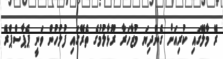
ރޭ މާލޭގައި ކުރިއަށް ގެންދިޔަ މުޒާހަރާ ރޫޅާލުމުގެ ތެރޭގައި ފުލުހުން ވަނީ ޕެޕާސްޕްރޭ